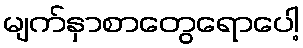
မျက်နှာစာတွေရောပေါ့